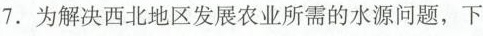
7.为解决西北地区发展农业所需的水源问题，下